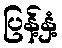
ပြန့်နှံ့